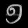
Digit: ၅